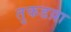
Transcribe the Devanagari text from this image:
तुकडय़ा